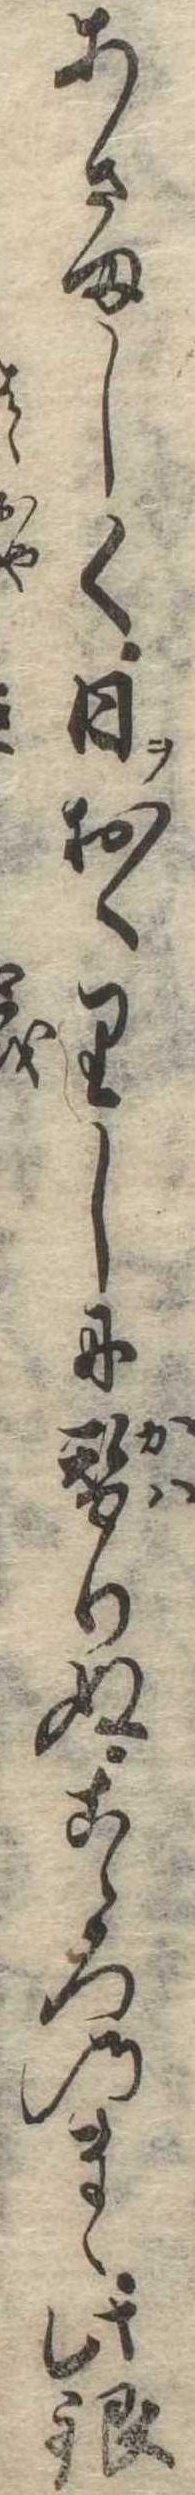
あさましく日ヲおくりしに替りぬこゝろのまゝ此銀